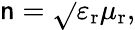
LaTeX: \mathsf{n}={\sqrt{}{{\varepsilon_{\mathrm{{r}}}\mu_{\mathrm{{r}}}}}},